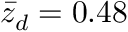
\bar { z } _ { d } = 0 . 4 8